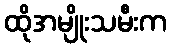
ထိုအမျိုးသမီးက